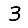
Digit: 3